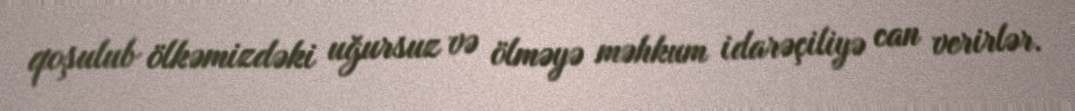
qoşulub ölkəmizdəki uğursuz və ölməyə məhkum idarəçiliyə can verirlər.